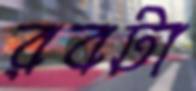
রবটা